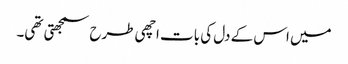
میں اس کے دل کی بات اچھی طرح سمجھتی تھی۔